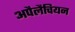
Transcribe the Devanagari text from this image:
अपैलैचियन